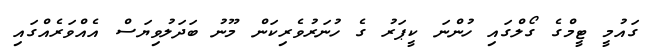
ގައުމީ ޓީމްގެ ގޯލްގައި ހުންނަ ކީޕަރު ގެ ހުނަރުވެރިކަން މޫނު ބަދަލުވިޔަސް އެއްވަރެއްގައި